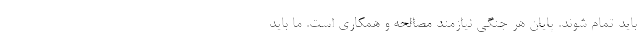
باید تمام شوند. پایان هر جنگی نیازمند مصالحه و همکاری است. ما باید